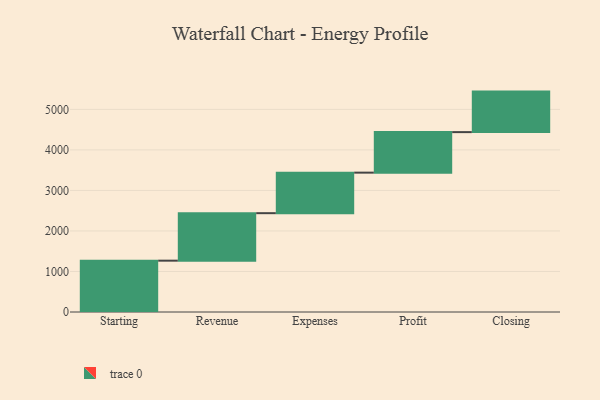
{"axis": {"x": "Step", "y": "Value"}, "legend": [""], "data": [{"x": "Starting", "y": 1267.0, "type": ""}, {"x": "Revenue", "y": 1172.0, "type": ""}, {"x": "Expenses", "y": 1000, "type": ""}, {"x": "Profit", "y": 1000, "type": ""}, {"x": "Closing", "y": 1000, "type": ""}]}